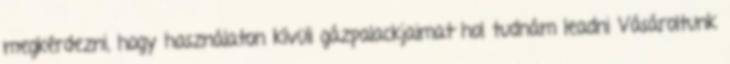
megkérdezni, hogy használaton kívüli gázpalackjaimat hol tudnám leadni Vásároltunk